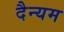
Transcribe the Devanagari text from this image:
दैन्यम